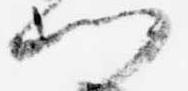
門